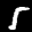
Label: 5